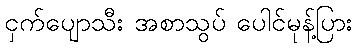
ငှက်ပျောသီး အစာသွပ် ပေါင်မုန့်ပြား